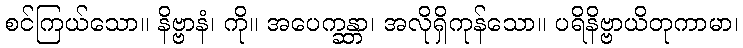
စင်ကြယ်သော။ နိဗ္ဗာနံ၊ ကို။ အပေက္ခန္တာ၊ အလိုရှိကုန်သော။ ပရိနိဗ္ဗာယိတုကာမာ၊